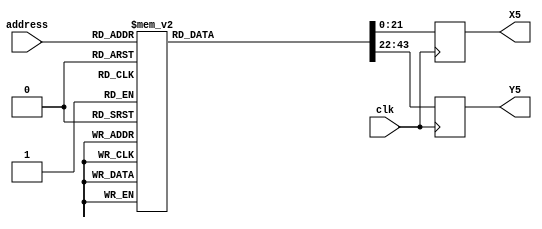
module cordic_rom (
	address,
	X5,
	Y5,clk);

input	[3:0]  address;
input clk;
output	reg [21:0]  X5;
output reg [21:0]  Y5;




parameter[21:0] c0=22'b0111111111101010101010;
parameter[21:0] c1=22'b0111111101101010110010;
parameter[21:0] c2=22'b0111111001101011100010;
parameter[21:0] c3=22'b0111110011101101111010;
parameter[21:0] c4=22'b0111101011110011011001;
parameter[21:0] c5=22'b0111100001111101111101;
parameter[21:0] c6=22'b0111010110010000000101;
parameter[21:0] c7=22'b0111001000101100101011;
parameter[21:0] c8=22'b0110111001010111001000;
parameter[21:0] c9=22'b0110101000010011010010;
parameter[21:0] c10=22'b0110010101100101011001;
parameter[21:0] c11=22'b0110000001010010001001;
parameter[21:0] c12=22'b0101101011011110100110;
parameter[21:0] s0=22'b0000001111111111101010;
parameter[21:0] s1=22'b0000101111111011000000;
parameter[21:0] s2=22'b0001001111101010010111;
parameter[21:0] s3=22'b0001101111000101110100;
parameter[21:0] s4=22'b0010001110000101011111;
parameter[21:0] s5=22'b0010101100100001101011;
parameter[21:0] s6=22'b0011001010010010101111;
parameter[21:0] s7=22'b0011100111010001001111;
parameter[21:0] s8=22'b0100000011010101111100;
parameter[21:0] s9=22'b0100011110011001110101;
parameter[21:0] s10=22'b0100111000010110001001;
parameter[21:0] s11=22'b0101010001000100011001;
parameter[21:0] s12=22'b0101101000011110011001;//

		always@(posedge clk)
	
			begin
				case(address)
					4'b0000:
					begin
					X5<=c0;
					Y5<=s0;
					end
					4'b0001:
					begin
					X5<=c1;
					Y5<=s1;		
					end		
					4'b0010:
					begin
					X5<=c2;
					Y5<=s2;		
					end
					4'b0011:
					begin
					X5<=c3;
					Y5<=s3;		
					end
					4'b0100:
					begin
					X5<=c4;
					Y5<=s4;		
					end
					4'b0101:
					begin
					X5<=c5;
					Y5<=s5;		
					end
					4'b0110:
					begin
					X5<=c6;
					Y5<=s6;		
					end
					4'b0111:
					begin
					X5<=c7;
					Y5<=s7;		
					end
					4'b1000:
					begin
					X5<=c8;
					Y5<=s8;		
					end
					4'b1001:
					begin
					X5<=c9; 
					Y5<=s9;		
					end
					4'b1010:
					begin
					X5<=c10;
					Y5<=s10;		
					end
					4'b1011:
					begin
					X5<=c11;
					Y5<=s11;		
					end
					4'b1100:
					begin
					X5<=c12;
					Y5<=s12;		
					end
					default:
					begin
					X5<=0;
					Y5<=0;
					end
				endcase
			end
		

/*
always @(posedge clk)
begin
	case(address)
	4'd0:begin
  X5=22'b0111111111101010101010;
  Y5=22'b0000001111111111101010;
	end
	4'd1:begin
  X5=22'b0111111101101010110010;
  Y5=22'b0000101111111011000000;
	end
	4'd2:begin
  X5=22'b0111111001101011100010;
  Y5= 22'b0001001111101010010111;
	end
	4'd3:begin
  X5=22'b0111110011101101111010;
  Y5=22'b0001101111000101110100;
	end
	4'd4:begin
  X5=22'b0111101011110011011001;
  Y5=22'b0010001110000101011111;
	end
	4'd5:begin
	  X5=22'b0111100001111101111101;
	  Y5=22'b0010101100100001101011;
	end
	4'd6:begin
	  X5=22'b0111010110010000000101;
	  Y5=22'b0011001010010010101111;
	end
	4'd7:begin
	  X5=22'b0111001000101100101011;
	  Y5=22'b0011100111010001001111;
	end
	4'd8:begin
	  X5=22'b0110111001010111001000;
	  Y5=22'b0100000011010101111100;
	end
	4'd9:begin
	  X5=22'b0110101000010011010010;
	  Y5=22'b0100011110011001110101;
	end
	4'd10:begin
	  X5=22'b0110010101100101011001;
	  Y5=22'b0100111000010110001001;
	end
	4'd11:begin
	  X5=22'b0110000001010010001001;
	  Y5=22'b0101010001000100011001;
	end
	4'd12:begin
	  X5=22'b0101101011011110100110;
	  Y5=22'b0101101000011110011001;
	end
	default:begin
		X5=0;
		Y5=0;
		$display("error address=%b",address);
	end
endcase
end
*/

endmodule